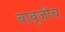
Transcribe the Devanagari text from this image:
बाबूजीच